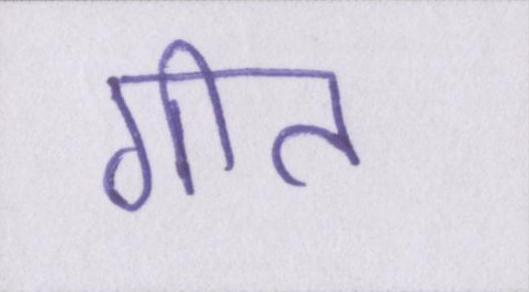
गीत